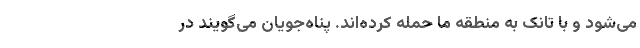
می‌شود و با تانک به منطقه ما حمله کرده‌اند. پناه‌جویان می‌گویند در